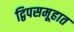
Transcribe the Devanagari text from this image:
द्विपसमूहात